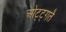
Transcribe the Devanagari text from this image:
ओट्ट्गतै